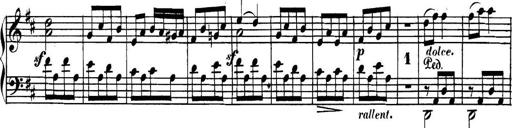
Title: Collected Piano Sonatas
Composer: Muzio Clementi